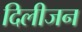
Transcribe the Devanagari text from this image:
दिलीजन